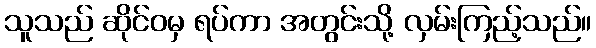
သူသည် ဆိုင်ဝမှ ရပ်ကာ အတွင်းသို့ လှမ်းကြည့်သည်။